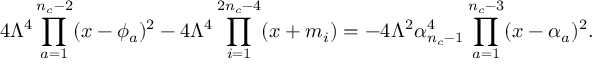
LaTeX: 4 \Lambda ^ { 4 } \prod _ { a = 1 } ^ { n _ { c } - 2 } ( x - \phi _ { a } ) ^ { 2 } - 4 \Lambda ^ { 4 } \prod _ { i = 1 } ^ { 2 n _ { c } - 4 } ( x + m _ { i } ) = - 4 \Lambda ^ { 2 } \alpha _ { n _ { c } - 1 } ^ { 4 } \prod _ { a = 1 } ^ { n _ { c } - 3 } ( x - \alpha _ { a } ) ^ { 2 } .